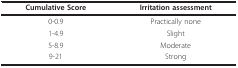
| Cumulative Score | Irritation assessment |
 | --- | --- |
 | 0-0.9 | Practically none |
 | 1-4.9 | Slight |
 | 5-8.9 | Moderate |
 | 9-21 | Strong |